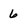
Character: 6